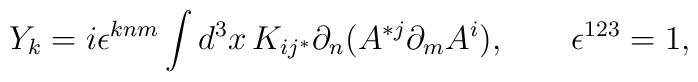
Y_k =i \epsilon^{knm}\int d^3 x \, K_{i j^*}\partial_n (A^{*j} \partial_m A^i), \qquad  \epsilon^{123}=1,